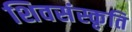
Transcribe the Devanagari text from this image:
शिवसंस्कृति